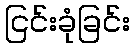
ငြင်းခုံခြင်း